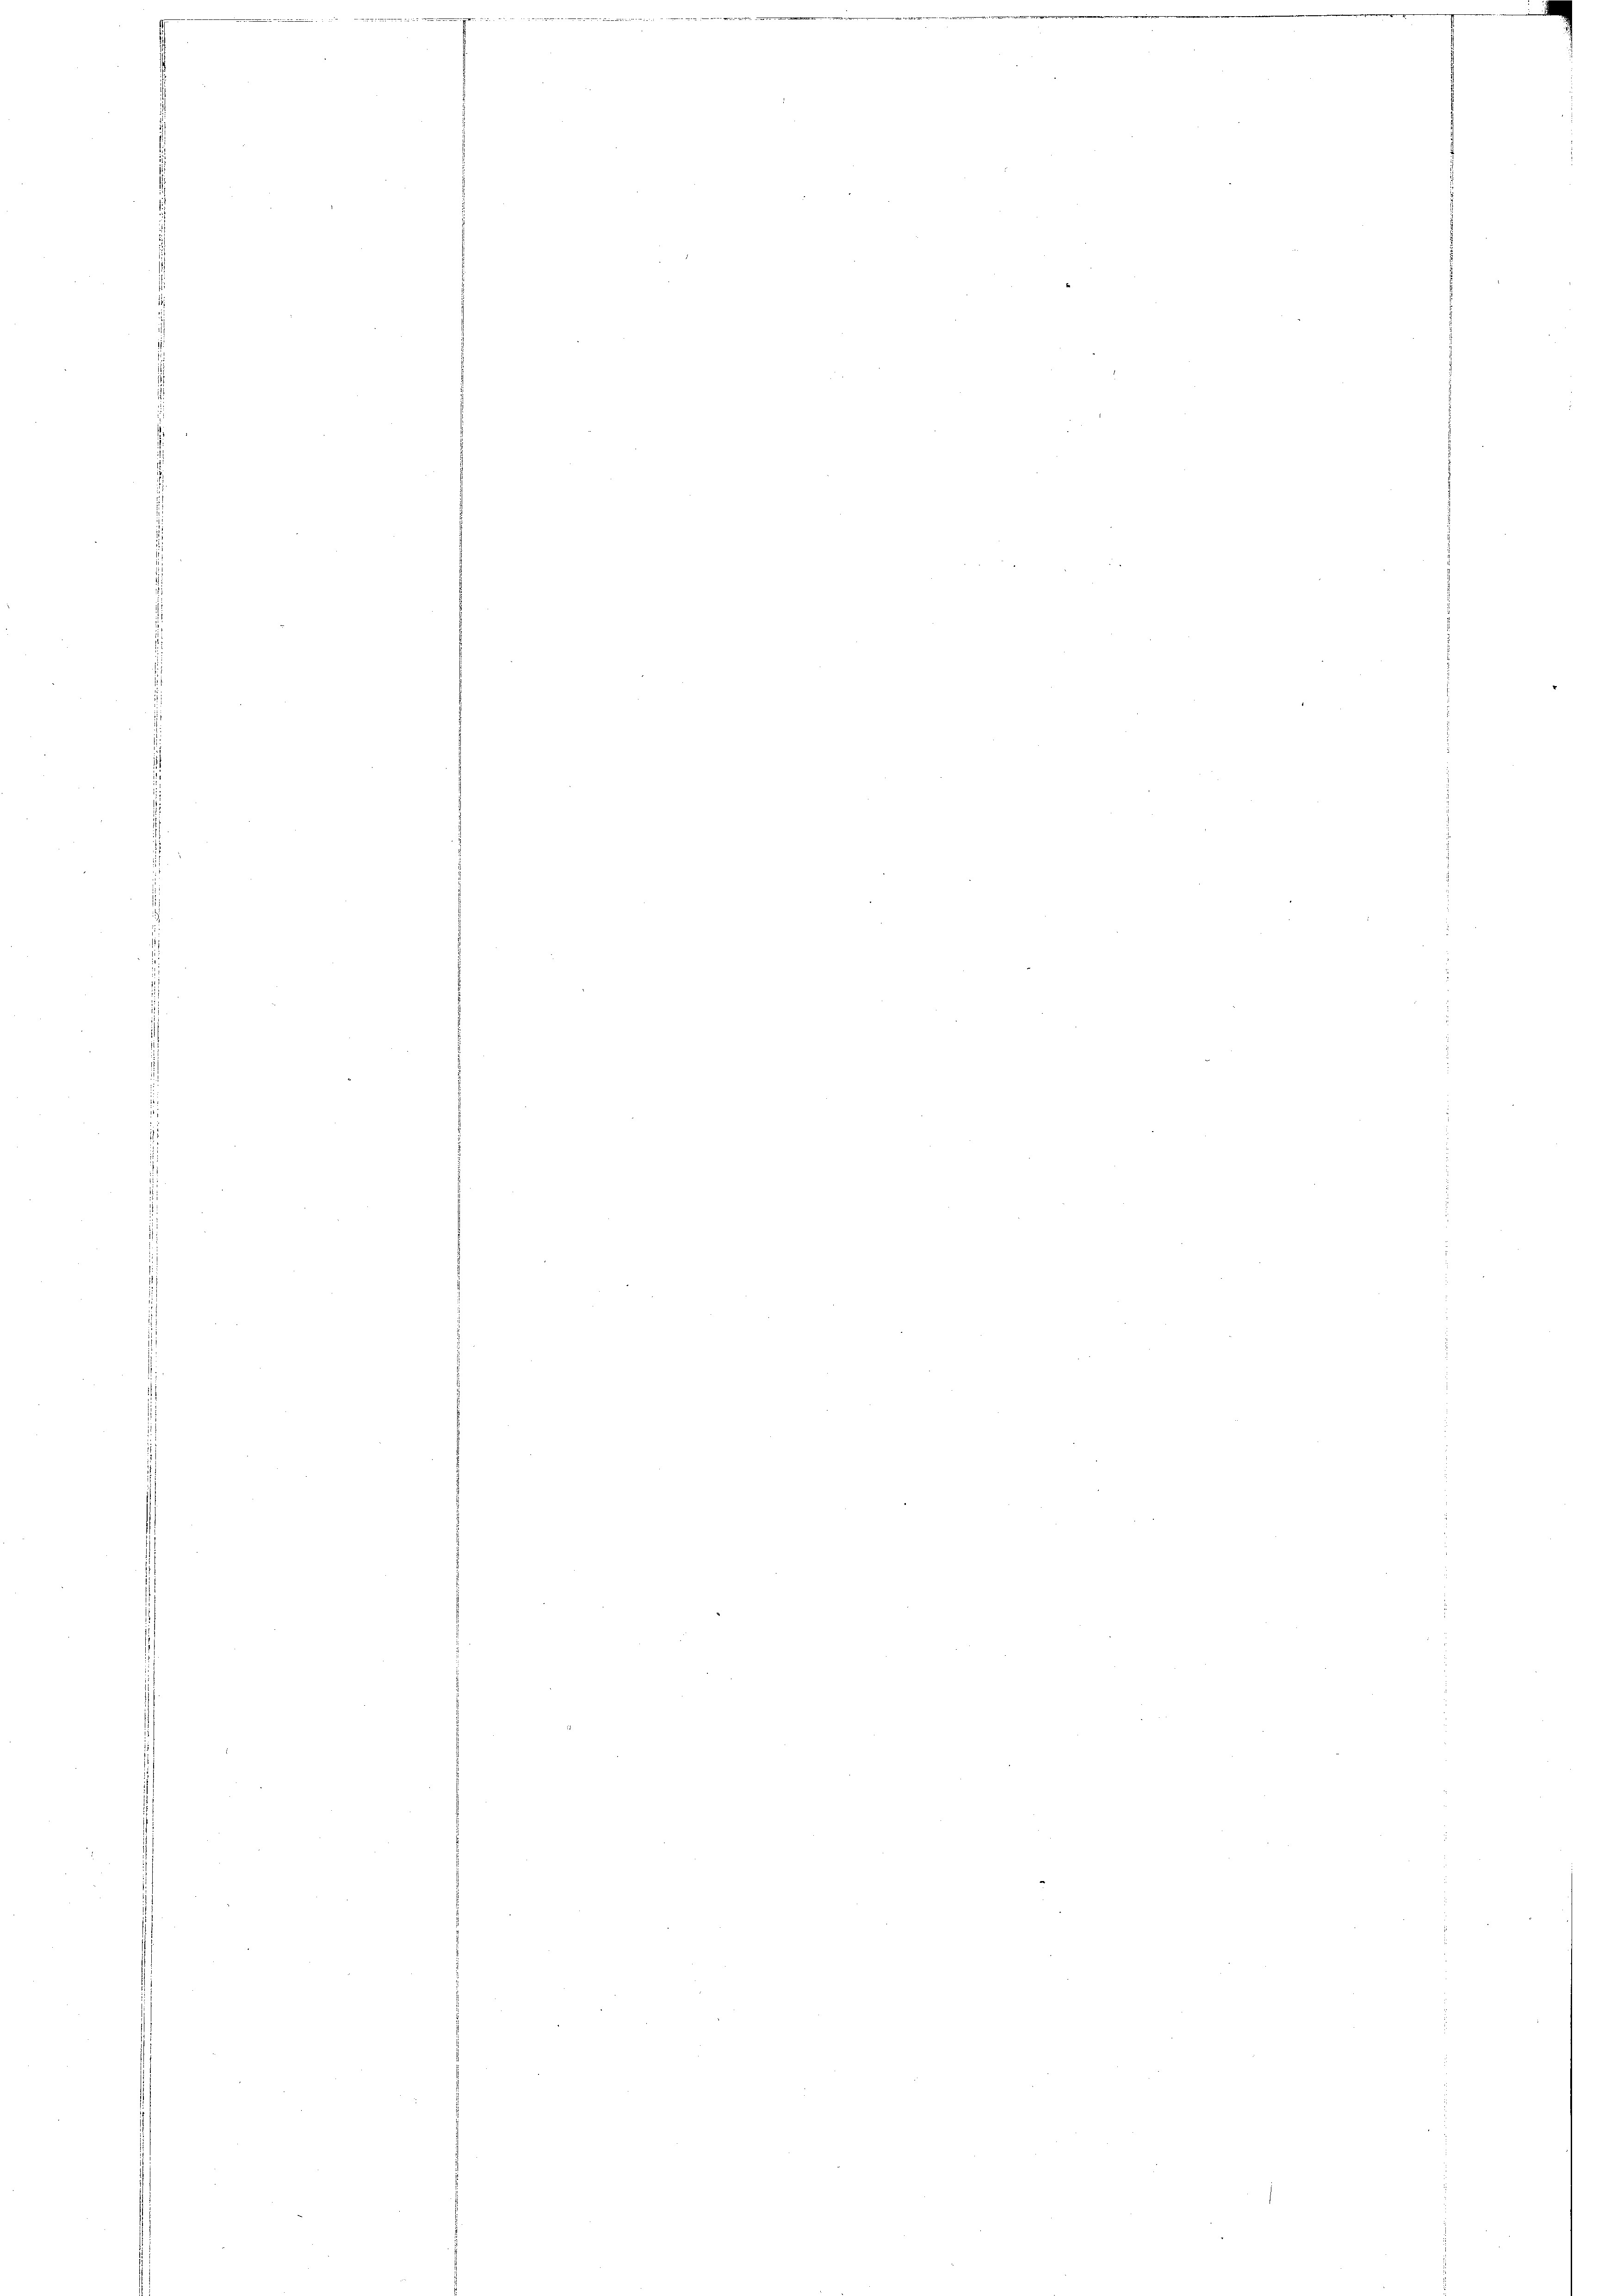
.

140

s

.